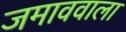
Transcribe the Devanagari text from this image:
जमाववाला